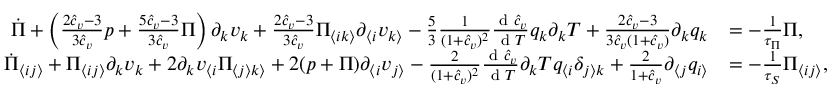
\begin{array} { r l } { \dot { \Pi } + \left( \frac { 2 \hat { c } _ { v } - 3 } { 3 \hat { c } _ { v } } p + \frac { 5 \hat { c } _ { v } - 3 } { 3 \hat { c } _ { v } } \Pi \right) \partial _ { k } v _ { k } + \frac { 2 \hat { c } _ { v } - 3 } { 3 \hat { c } _ { v } } \Pi _ { \langle i k \rangle } \partial _ { \langle i } v _ { k \rangle } - \frac { 5 } { 3 } \frac { 1 } { ( 1 + \hat { c } _ { v } ) ^ { 2 } } \frac { \textrm { d } \hat { c } _ { v } } { \textrm { d } T } q _ { k } \partial _ { k } T + \frac { 2 \hat { c } _ { v } - 3 } { 3 \hat { c } _ { v } ( 1 + \hat { c } _ { v } ) } \partial _ { k } q _ { k } } & { = - \frac { 1 } { \tau _ { \Pi } } \Pi , } \\ { \dot { \Pi } _ { \langle i j \rangle } + \Pi _ { \langle i j \rangle } \partial _ { k } v _ { k } + 2 \partial _ { k } v _ { \langle i } \Pi _ { \langle j \rangle k \rangle } + 2 ( p + \Pi ) \partial _ { \langle i } v _ { j \rangle } - \frac { 2 } { ( 1 + \hat { c } _ { v } ) ^ { 2 } } \frac { \textrm { d } \hat { c } _ { v } } { \textrm { d } T } \partial _ { k } T q _ { \langle i } \delta _ { j \rangle k } + \frac { 2 } { 1 + \hat { c } _ { v } } \partial _ { \langle j } q _ { i \rangle } } & { = - \frac { 1 } { \tau _ { S } } \Pi _ { \langle i j \rangle } , } \end{array}